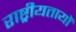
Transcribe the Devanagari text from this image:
राष्ट्रीयतायों